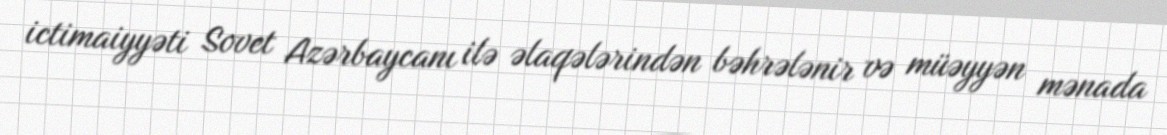
ictimaiyyəti Sovet Azərbaycanı ilə əlaqələrindən bəhrələnir və müəyyən mənada